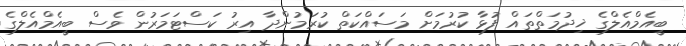
ބީއެމްއެލްގެ ޚިދުމަތްތައް ފުޅާ ކުރުމަށް މަސައްކަތް ކުރަމުންދާ އިރު ކަސްޓަމަރުން ވެސް ބީއެމްއެލްގެ